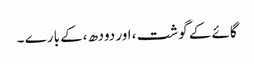
گائے کے گوشت ، اور دودھ ،کے بارے ۔